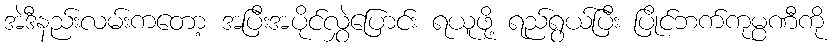
အဲဒီနည်းလမ်းကတော့ အပြီးအပိုင်လွှဲပြောင်း ရယူဖို့ ရည်ရွယ်ပြီး ပြိုင်ဘက်ကုမ္ပဏီကို